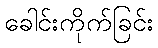
ခေါင်းကိုက်ခြင်း